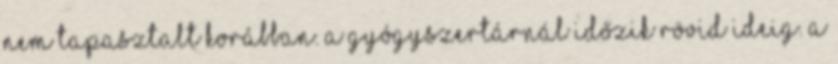
nem tapasztalt korábban. A gyógyszertárnál időzik rövid ideig. A